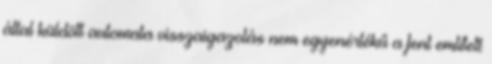
által küldött automata visszaigazolás nem egyenértékű a fent említett